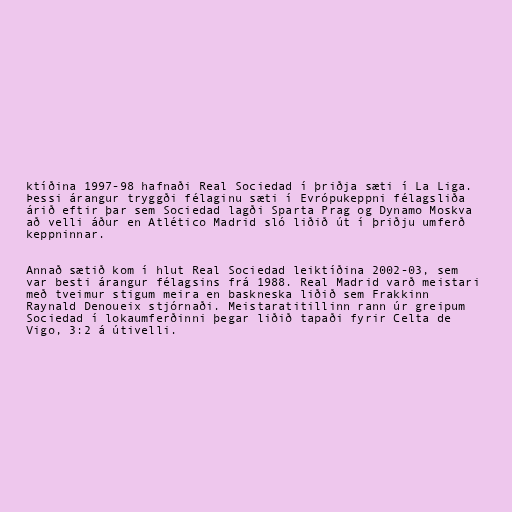
ktíðina 1997-98 hafnaði Real Sociedad í þriðja sæti í La Liga.
Þessi árangur tryggði félaginu sæti í Evrópukeppni félagsliða
árið eftir þar sem Sociedad lagði Sparta Prag og Dynamo Moskva
að velli áður en Atlético Madrid sló liðið út í þriðju umferð
keppninnar.

Annað sætið kom í hlut Real Sociedad leiktíðina 2002-03, sem
var besti árangur félagsins frá 1988. Real Madrid varð meistari
með tveimur stigum meira en baskneska liðið sem Frakkinn
Raynald Denoueix stjórnaði. Meistaratitillinn rann úr greipum
Sociedad í lokaumferðinni þegar liðið tapaði fyrir Celta de
Vigo, 3:2 á útivelli.